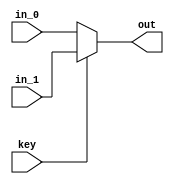
module Mux_32b (input [31:0] in_0, input [31:0] in_1, input key, output reg [31:0] out);

always @ (key or in_0 or in_1)
begin
	if (key)
		out <= in_1;
	else
		out <= in_0;
end

endmodule